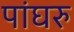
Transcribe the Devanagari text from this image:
पांघरु